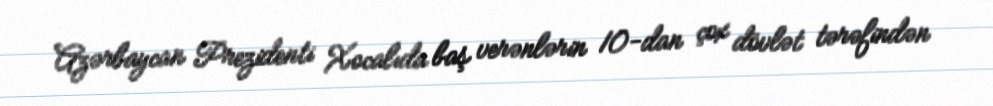
Azərbaycan Prezidenti Xocalıda baş verənlərin 10-dan çox dövlət tərəfindən